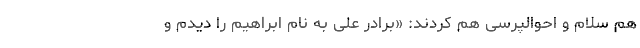
هم سلام و احوالپرسی هم کردند: «برادر علی به نام ابراهیم را دیدم و